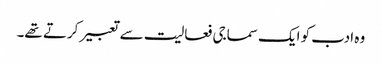
وہ ادب کو ایک سماجی فعالیت سے تعبیر کرتے تھے۔